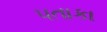
પતાકા